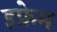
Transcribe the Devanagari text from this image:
इफ्रेम